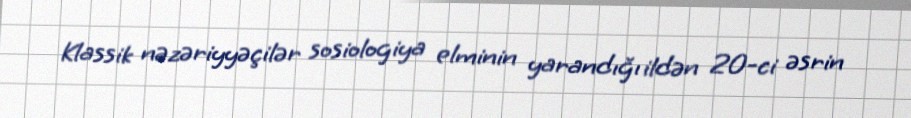
Klassik nəzəriyyəçilər sosiologiya elminin yarandığı ildən 20-ci əsrin